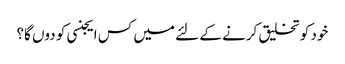
خود کو تخلیق کرنے کے لئے میں کس ایجنسی کو دوں گا؟